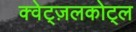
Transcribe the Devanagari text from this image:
क्वेट्ज़लकोट्ल